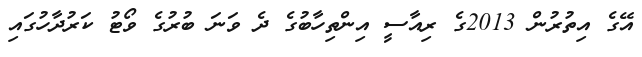
އޭގެ އިތުރުން 2013ގެ ރިއާސީ އިންތިހާބުގެ ދެ ވަނަ ބުރުގެ ވޯޓު ކަރުދާހުގައި